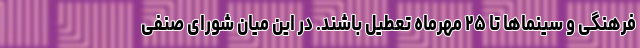
فرهنگی و سینماها تا ۲۵ مهرماه تعطیل باشند. در این میان شورای صنفی